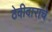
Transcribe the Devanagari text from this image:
ठेवीदारांचे